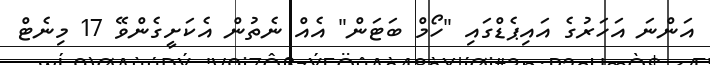
އަންނަ އަހަރުގެ އައިޕެޑްގައި "ހޯމް ބަޓަން" އެއް ނެތުން އެކަށީގެންވޭ 17 މިނެޓް